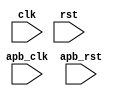
module APB_bus_controller(
    input wire clk,
    input wire rst,
    input wire apb_clk,
    input wire apb_rst,
    // Add necessary input/output ports for data transfer requests, bus arbitration, etc.
);

// Timing control and synchronization logic goes here

endmodule